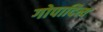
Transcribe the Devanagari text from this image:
गोपादित्य